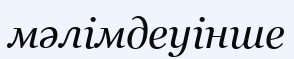
мәлімдеуінше